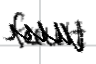
Text: fault
Cross-out: zig-zag
Writing tool: digital_black